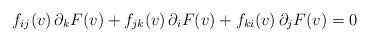
LaTeX: \begin{align*} f_{ij}(v) \, \partial_k F (v)+ f_{jk}(v) \, \partial_i F (v)+ f_{ki}(v) \, \partial_j F(v) = 0\end{align*}